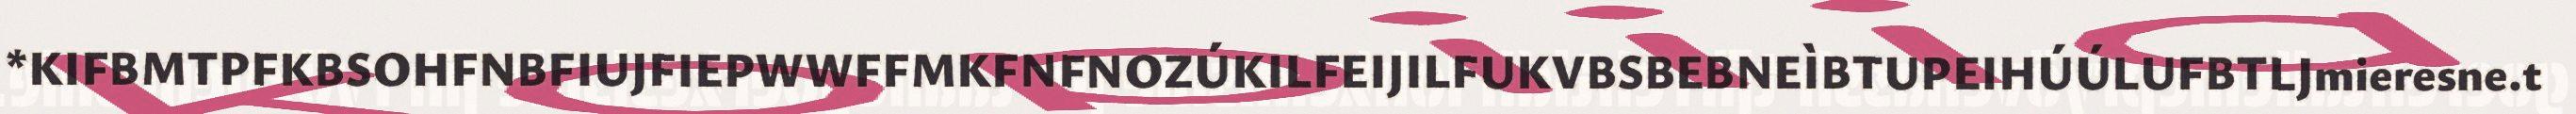
*KIFBMTPFKBSOHFNBFIUJFIEPWWFFMKFNFNOZÚKILFEIJILFUKVBSBEBNEÌBTUPEIHÚÚLUFBTLJmieresne.t